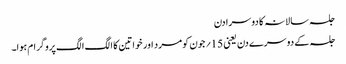
جلسہ سالانہ کا دوسرا دن
جلسہ کے دوسرے دن یعنی 15؍ جون کو مرد اور خواتین کا الگ الگ پروگرام ہوا۔